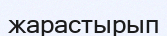
жарастырып